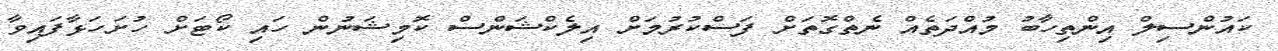
ކައުންސިލް އިންތިހާބު މުއްދަތެއް ނެތްގޮތަށް ފަސްކުރުމަށް އިލެކްޝަންސް ކޮމިޝަނުން ހައި ކޯޓަށް ހުށަހަޅާފައިވާ